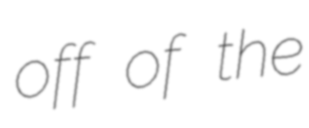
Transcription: off of the